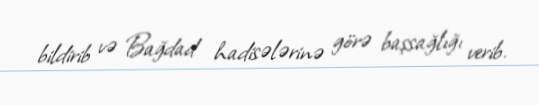
bildirib və Bağdad hadisələrinə görə başsağlığı verib.